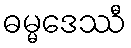
ဓမ္မဒေဿီ